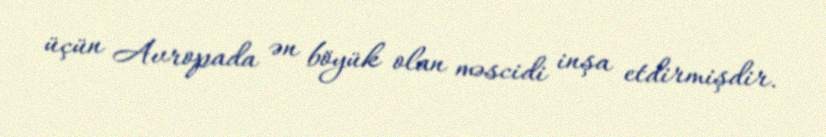
üçün Avropada ən böyük olan məscidi inşa etdirmişdir.